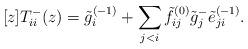
LaTeX: \begin{align*} [z]T^-_{ii}(z)=\tilde{g}^{(-1)}_i+\sum_{j<i}\tilde{f}^{(0)}_{ij}\tilde{g}^-_j\tilde{e}^{(-1)}_{ji}.\end{align*}